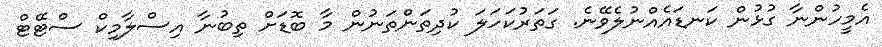
އެމީހުންނާ ގުޅުން ކަނޑައެއްނުލެވޭނެ. ގަތަރުކަހަލަ ކުދިތަންތަނުން މާ ބޮޑަށް ތިބުނާ އިސްލާމިކް ސްޓޭޓް